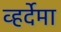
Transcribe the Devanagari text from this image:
व्हर्देमा